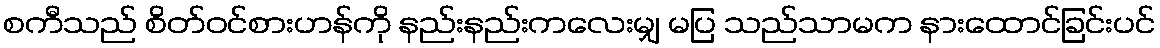
စကီသည် စိတ်ဝင်စားဟန်ကို နည်းနည်းကလေးမျှ မပြ သည်သာမက နားထောင်ခြင်းပင်